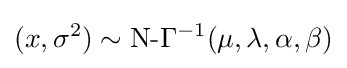
(x,\sigma ^{2})\sim {\text{N-}}\Gamma ^{-1}(\mu ,\lambda ,\alpha ,\beta )